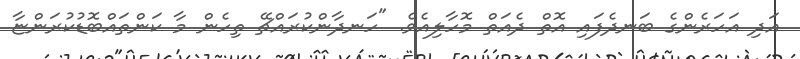
އަދި އަހަރެންގެ ބަނދެފައި އޮތް ދެއަތް މޮހާލިއެވެ. "ހަނދާންކުރައްޗޭ ތިހެން މާ ކަންތައްބޮޑުކުރަންޏާ